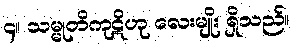
၄။ သမ္မုတိကုဋိဟု လေးမျိုး ရှိသည်။